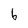
Character: b